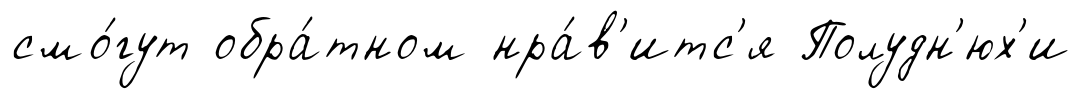
смо́гут обра́тном нра́в'итс'я Полудн'юх'и